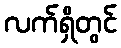
လက်ရှိတွင်